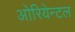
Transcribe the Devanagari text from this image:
ओरियेन्टल